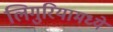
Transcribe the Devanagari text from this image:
लिगुरियामध्ये